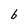
Character: b